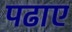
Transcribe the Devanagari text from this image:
पढाए